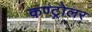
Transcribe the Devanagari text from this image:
कण्ट्रोलर